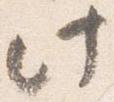
此